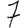
Digit: 7